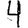
Digit: 4